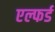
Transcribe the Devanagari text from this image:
एल्फर्ड